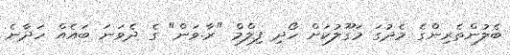
ބެލުންތެރިންގެ މެދުގަ މަގޫލުކަށް ހޯދި ފިލްމް "ރާ.ވަން" ގެ ދެވަނަ ބައެއް ހަދާނެ